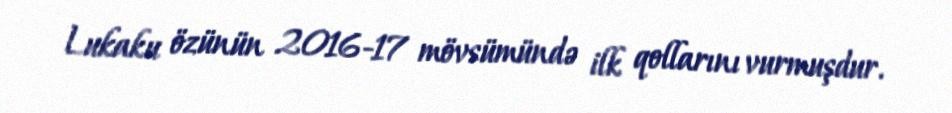
Lukaku özünün 2016-17 mövsümündə ilk qollarını vurmuşdur.